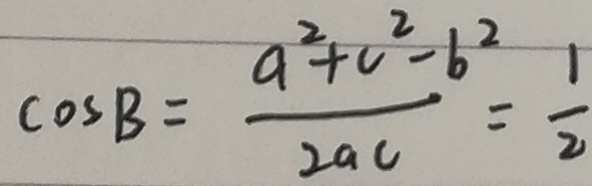
\cos B = \frac { a ^ { 2 } + c ^ { 2 } - b ^ { 2 } } { 2 a c } = \frac { 1 } { 2 }